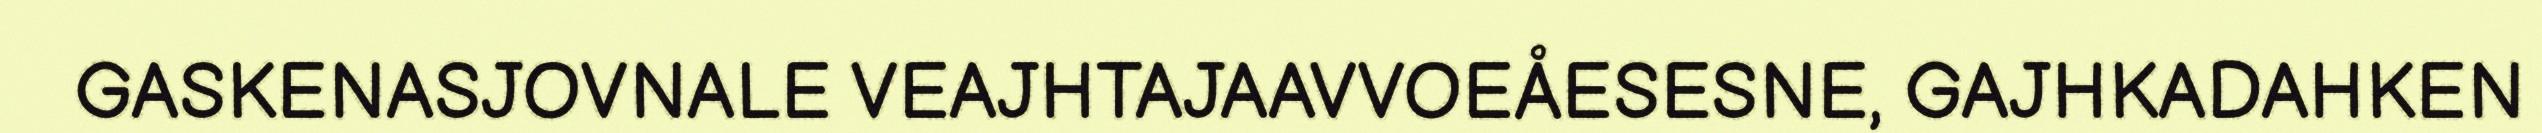
GASKENASJOVNALE VEAJHTAJAAVVOEÅESESNE, GAJHKADAHKEN